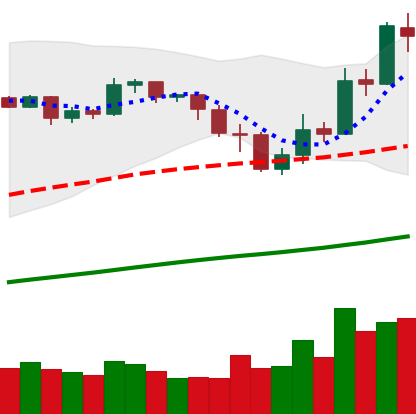
Ticker: BNB-USD
Chart end date: 2019-05-16
Forward return: 21.582%
Label: up_7plus